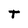
Character: t